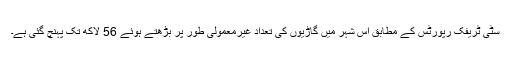
سٹی ٹریفک رپورٹس کے مطابق اِس شہر میں گاڑیوں کی تعداد غیرمعمولی طور پر بڑھتے ہوئے 56 لاکھ تک پہنچ گئی ہے۔